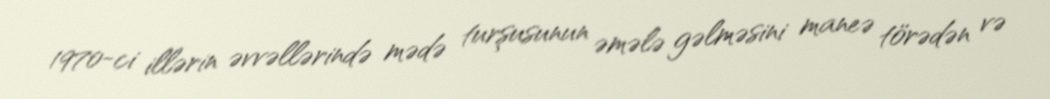
1970-ci illərin əvvəllərində mədə turşusunun əmələ gəlməsini maneə törədən və